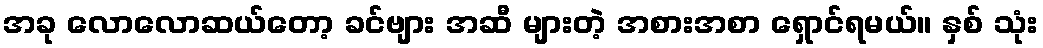
အခု လောလောဆယ်တော့ ခင်ဗျား အဆီ များတဲ့ အစားအစာ ရှောင်ရမယ်။ နှစ် သုံး